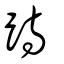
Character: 跱